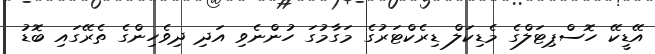
އޭޑީކޭ ހޮސްޕިޓަލްގެ މެޑިކަލް ޑިރެކްޓަރުގެ މަގާމުގަ ހުންނެވި އަދި ދިވެހިންގެ ތެރޭގައި ބޮޑު